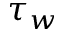
\tau _ { w }